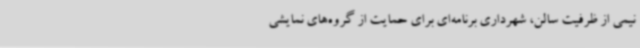
نیمی از ظرفیت سالن، شهرداری برنامه‌ای برای حمایت از گروه‌های نمایشی